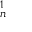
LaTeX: \mathbf { \Sigma } _ { n } ^ { 1 }